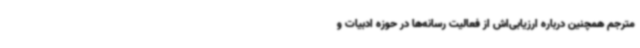
مترجم همچنین درباره ارزیابی‌اش از فعالیت رسانه‌ها در حوزه ادبیات و